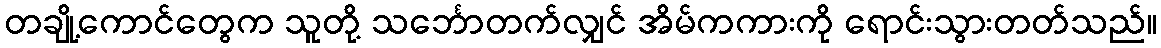
တချို့ကောင်တွေက သူတို့ သင်္ဘောတက်လျှင် အိမ်ကကားကို ရောင်းသွားတတ်သည်။